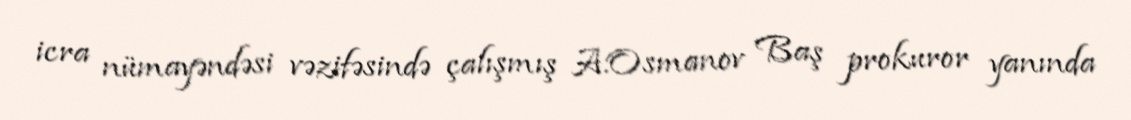
icra nümayəndəsi vəzifəsində çalışmış A.Osmanov Baş prokuror yanında